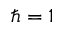
\hbar = 1